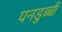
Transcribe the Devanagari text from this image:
पनडुब्‍बी